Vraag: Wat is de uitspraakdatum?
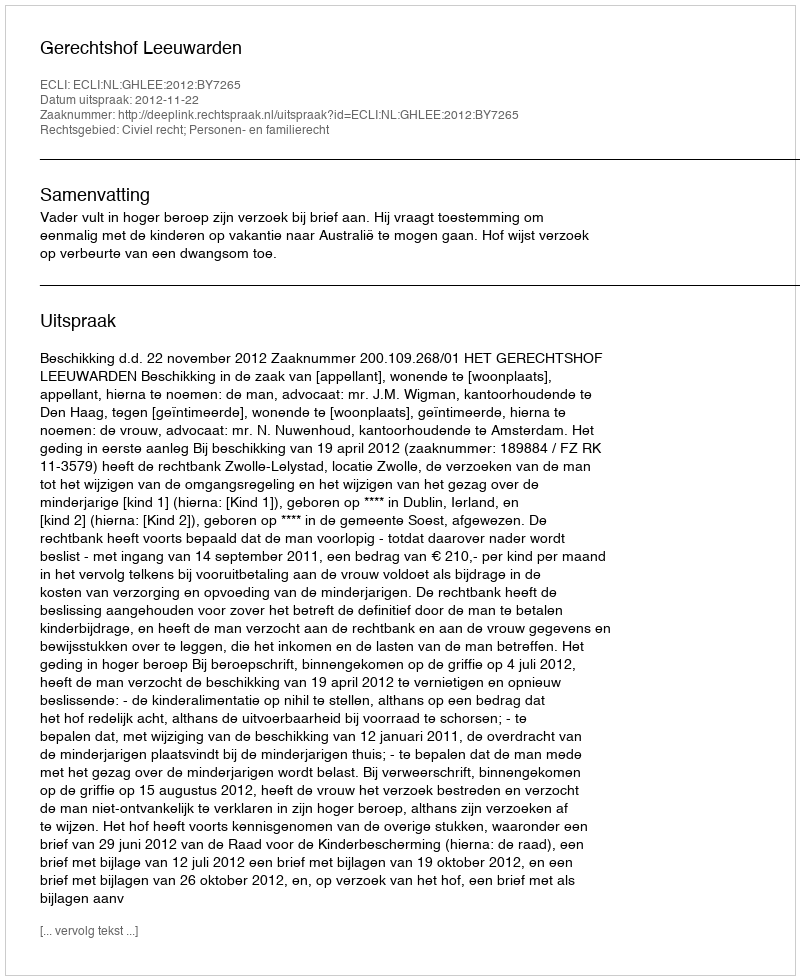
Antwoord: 2012-11-22